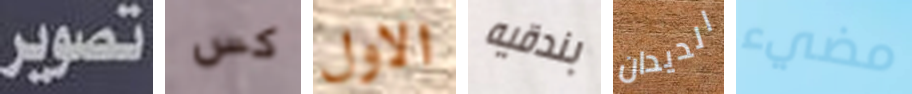
تصوير كس الاول بندقيه الديدان مضيء